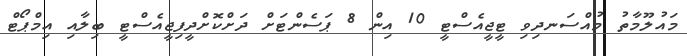
މައުލޫމާތު މުއްސަނދިވި ޓީޖީއެސްޓީ 10 އިން 8 ޕަސެންޓަށް ދަށްކޮށްދީފިޖީއެސްޓީ ބިލާއި އިމްޕޯޓް